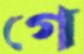
গে